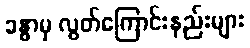
ခန္ဓာမှ လွတ်ကြောင်းနည်းများ